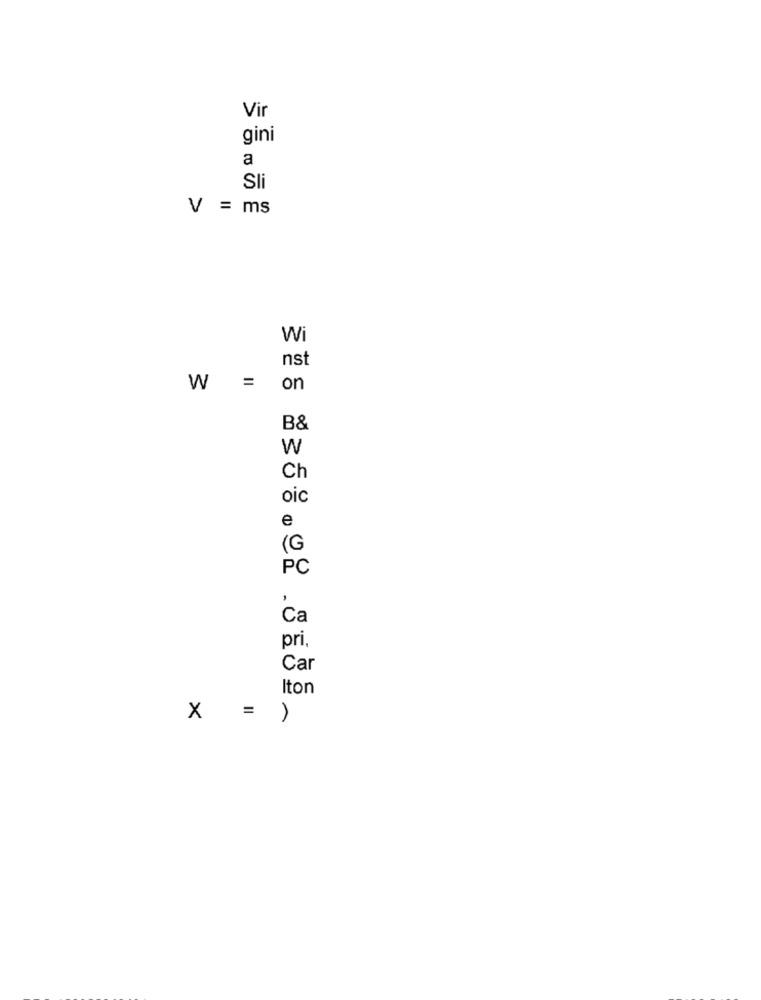
Vir
gini
a
Sli
V = ms
Wi
nst
W =
on
B&
W
Ch
oic
e
(G
PC
Ca
pri,
Car
Iton
X = )